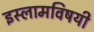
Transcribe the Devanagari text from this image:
इस्लामविषयी